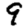
Digit: 9